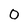
Character: O